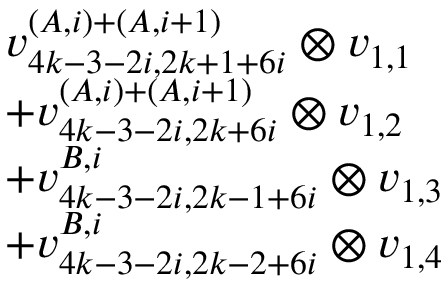
\begin{array} { r l } & { v _ { 4 k - 3 - 2 i , 2 k + 1 + 6 i } ^ { ( A , i ) + ( A , i + 1 ) } \otimes v _ { 1 , 1 } } \\ & { + v _ { 4 k - 3 - 2 i , 2 k + 6 i } ^ { ( A , i ) + ( A , i + 1 ) } \otimes v _ { 1 , 2 } } \\ & { + v _ { 4 k - 3 - 2 i , 2 k - 1 + 6 i } ^ { B , i } \otimes v _ { 1 , 3 } } \\ & { + v _ { 4 k - 3 - 2 i , 2 k - 2 + 6 i } ^ { B , i } \otimes v _ { 1 , 4 } } \end{array}